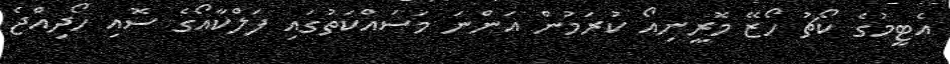
އެޓީމުގެ ކޯޗު ހޯޒޭ މޮރީނިއޯ ކުރަމުން އަންނަ މަސައްކަތުގައި ފަލްކާއޯގެ ސޮއި ހޯދިއްޖެ